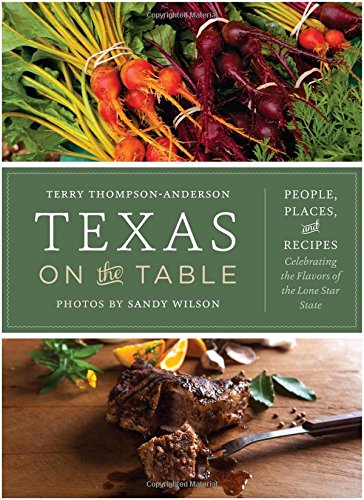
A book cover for Texas on the Table: People, Places, and Recipes Celebrating the Flavors of the Lone Star State; Terry Thompson-Anderson; Cookbooks, Food & Wine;